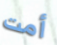
أمت